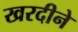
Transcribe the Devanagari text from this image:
खरदीने